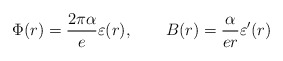
\begin{align*}\Phi(r) = \frac{2\pi\alpha}{e}\varepsilon(r),\qquad B(r) = \frac{\alpha}{er} \varepsilon'(r)\end{align*}